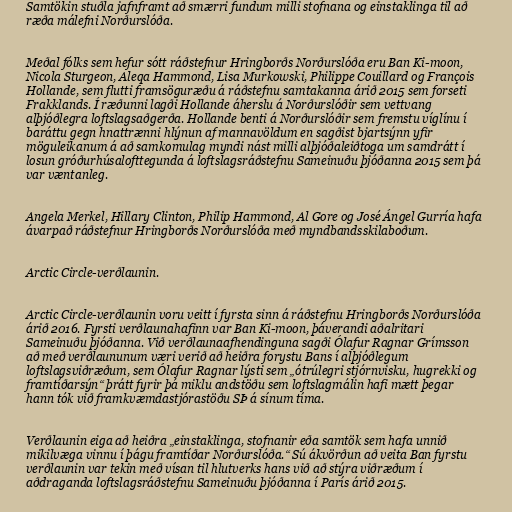
Samtökin stuðla jafnframt að smærri fundum milli stofnana og einstaklinga til að
ræða málefni Norðurslóða.

Meðal fólks sem hefur sótt ráðstefnur Hringborðs Norðurslóða eru Ban Ki-moon,
Nicola Sturgeon, Aleqa Hammond, Lisa Murkowski, Philippe Couillard og François
Hollande, sem flutti framsöguræðu á ráðstefnu samtakanna árið 2015 sem forseti
Frakklands. Í ræðunni lagði Hollande áherslu á Norðurslóðir sem vettvang
alþjóðlegra loftslagsaðgerða. Hollande benti á Norðurslóðir sem fremstu víglínu í
baráttu gegn hnattrænni hlýnun af mannavöldum en sagðist bjartsýnn yfir
möguleikanum á að samkomulag myndi nást milli alþjóðaleiðtoga um samdrátt í
losun gróðurhúsalofttegunda á loftslagsráðstefnu Sameinuðu þjóðanna 2015 sem þá
var væntanleg.

Angela Merkel, Hillary Clinton, Philip Hammond, Al Gore og José Ángel Gurría hafa
ávarpað ráðstefnur Hringborðs Norðurslóða með myndbandsskilaboðum.

Arctic Circle-verðlaunin.

Arctic Circle-verðlaunin voru veitt í fyrsta sinn á ráðstefnu Hringborðs Norðurslóða
árið 2016. Fyrsti verðlaunahafinn var Ban Ki-moon, þáverandi aðalritari
Sameinuðu þjóðanna. Við verðlaunaafhendinguna sagði Ólafur Ragnar Grímsson
að með verðlaununum væri verið að heiðra forystu Bans í alþjóðlegum
loftslagsviðræðum, sem Ólafur Ragnar lýsti sem „ótrúlegri stjórnvisku, hugrekki og
framtíðarsýn“ þrátt fyrir þá miklu andstöðu sem loftslagmálin hafi mætt þegar
hann tók við framkvæmdastjórastöðu SÞ á sínum tíma.

Verðlaunin eiga að heiðra „einstaklinga, stofnanir eða samtök sem hafa unnið
mikilvæga vinnu í þágu framtíðar Norðurslóða.“ Sú ákvörðun að veita Ban fyrstu
verðlaunin var tekin með vísan til hlutverks hans við að stýra viðræðum í
aðdraganda loftslagsráðstefnu Sameinuðu þjóðanna í París árið 2015.